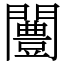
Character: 闦